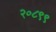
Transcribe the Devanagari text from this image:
२०८९९